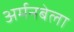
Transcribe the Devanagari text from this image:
अर्मनबेला